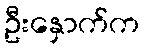
ဦးနှောက်က